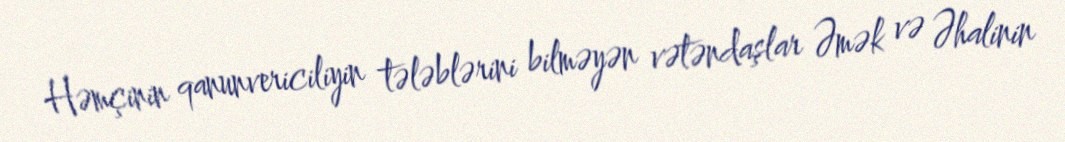
Həmçinin qanunvericiliyin tələblərini bilməyən vətəndaşlar Əmək və Əhalinin